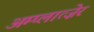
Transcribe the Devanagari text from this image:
अम्प्लात्ज़ेर